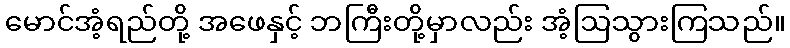
မောင်အံ့ရည်တို့ အဖေနှင့် ဘကြီးတို့မှာလည်း အံ့ဩသွားကြသည်။